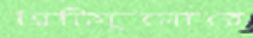
সিটিগুলোতে